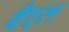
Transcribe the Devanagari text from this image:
बैएल